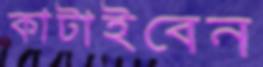
কাটাইবেন